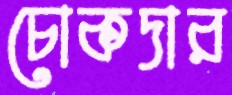
চোকদার